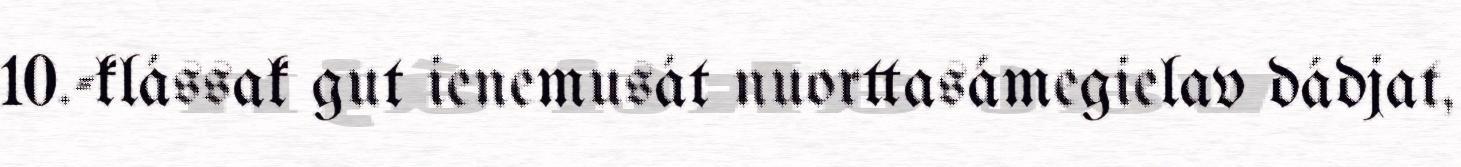
10.-klássak gut ienemusát nuorttasámegielav dádjat,